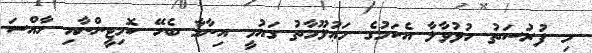
މި ފުރުސަތު ހުޅުވާލާ އެކަމުގެ މަޢުލޫމާތު ގައުމީ އިނާމާ ބެހޭ ކޮމިޓީންނާއި ހާއްސަ